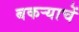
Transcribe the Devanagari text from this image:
बकर्‍याचें